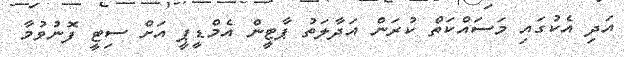
އަދި އެކުގައި މަސައްކަތް ކުރަން އަދާލަތު ޕާޓީން އެމްޑީޕީ އަށް ސިޓީ ފޮނުވުމާ